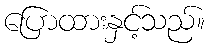
ပြောထားနှင့်သည်။